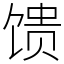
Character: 馈